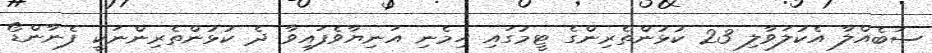
ސަބެއްލާ އެކުލަވާލި 23 ކުޅުންތެރިންގެ ޓީމުގައި ހިމެނި އަނިޔާވެފައިވާ ދެ ކުޅުންތެރިންނަކީ ފެނާންޑޯ